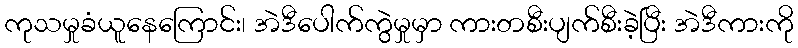
ကုသမှုခံယူနေကြောင်း၊ အဲဒီပေါက်ကွဲမှုမှာ ကားတစီးပျက်စီးခဲ့ပြီး အဲဒီကားကို